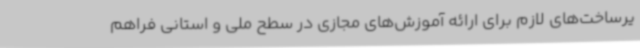
یرساخت‌های لازم برای ارائه آموزش‌های مجازی در سطح ملی و استانی فراهم